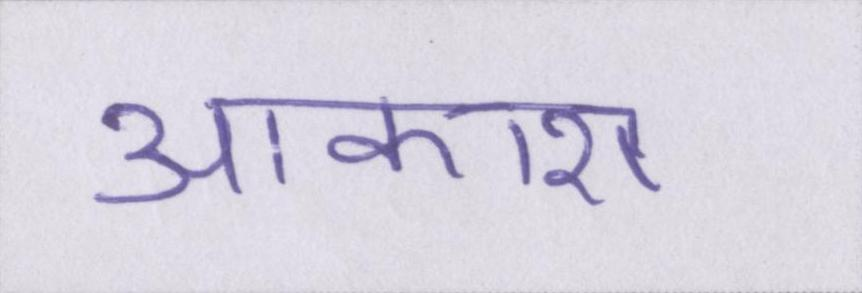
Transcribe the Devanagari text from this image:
आकाश